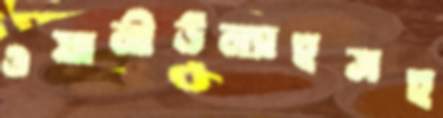
ওয়ালীউল্যাহসহ